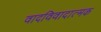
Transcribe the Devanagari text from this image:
वादविवादात्मक